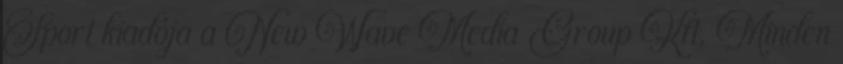
Sport kiadója a New Wave Media Group Kft. Minden